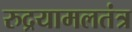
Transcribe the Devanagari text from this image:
रुद्रयामलतंत्र